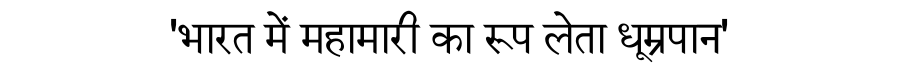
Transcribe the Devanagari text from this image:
'भारत में महामारी का रूप लेता धूम्रपान'